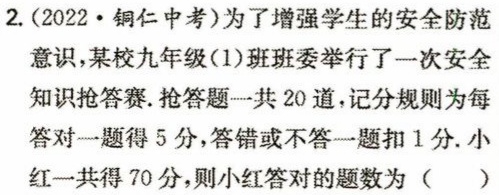
2.(2022·铜仁中考)为了增强学生的安全防范

意识，某校九年级(1)班班委举行了一次安全

知识抢答赛.抢答题一共 20道，记分规则为每

答对一题得5分，答错或不答一题扣1分.小

红一共得70分，则小红答对的题数为（  ）